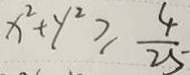
x ^ { 2 } + y ^ { 2 } \geq \frac { 4 } { 2 5 }